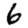
Digit: 6